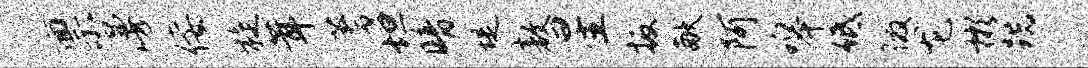
禀漫佞旋茸蓍坦暗堤敖星扳献阿嗥低徼龙彬跣